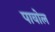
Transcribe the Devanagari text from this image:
पावोल